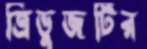
ত্রিভুজটির